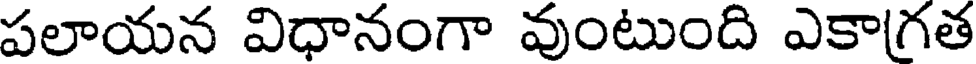
పలాయన విధానంగా వుంటుంది ఎకాగత